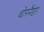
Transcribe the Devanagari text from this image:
थोरनैंडर